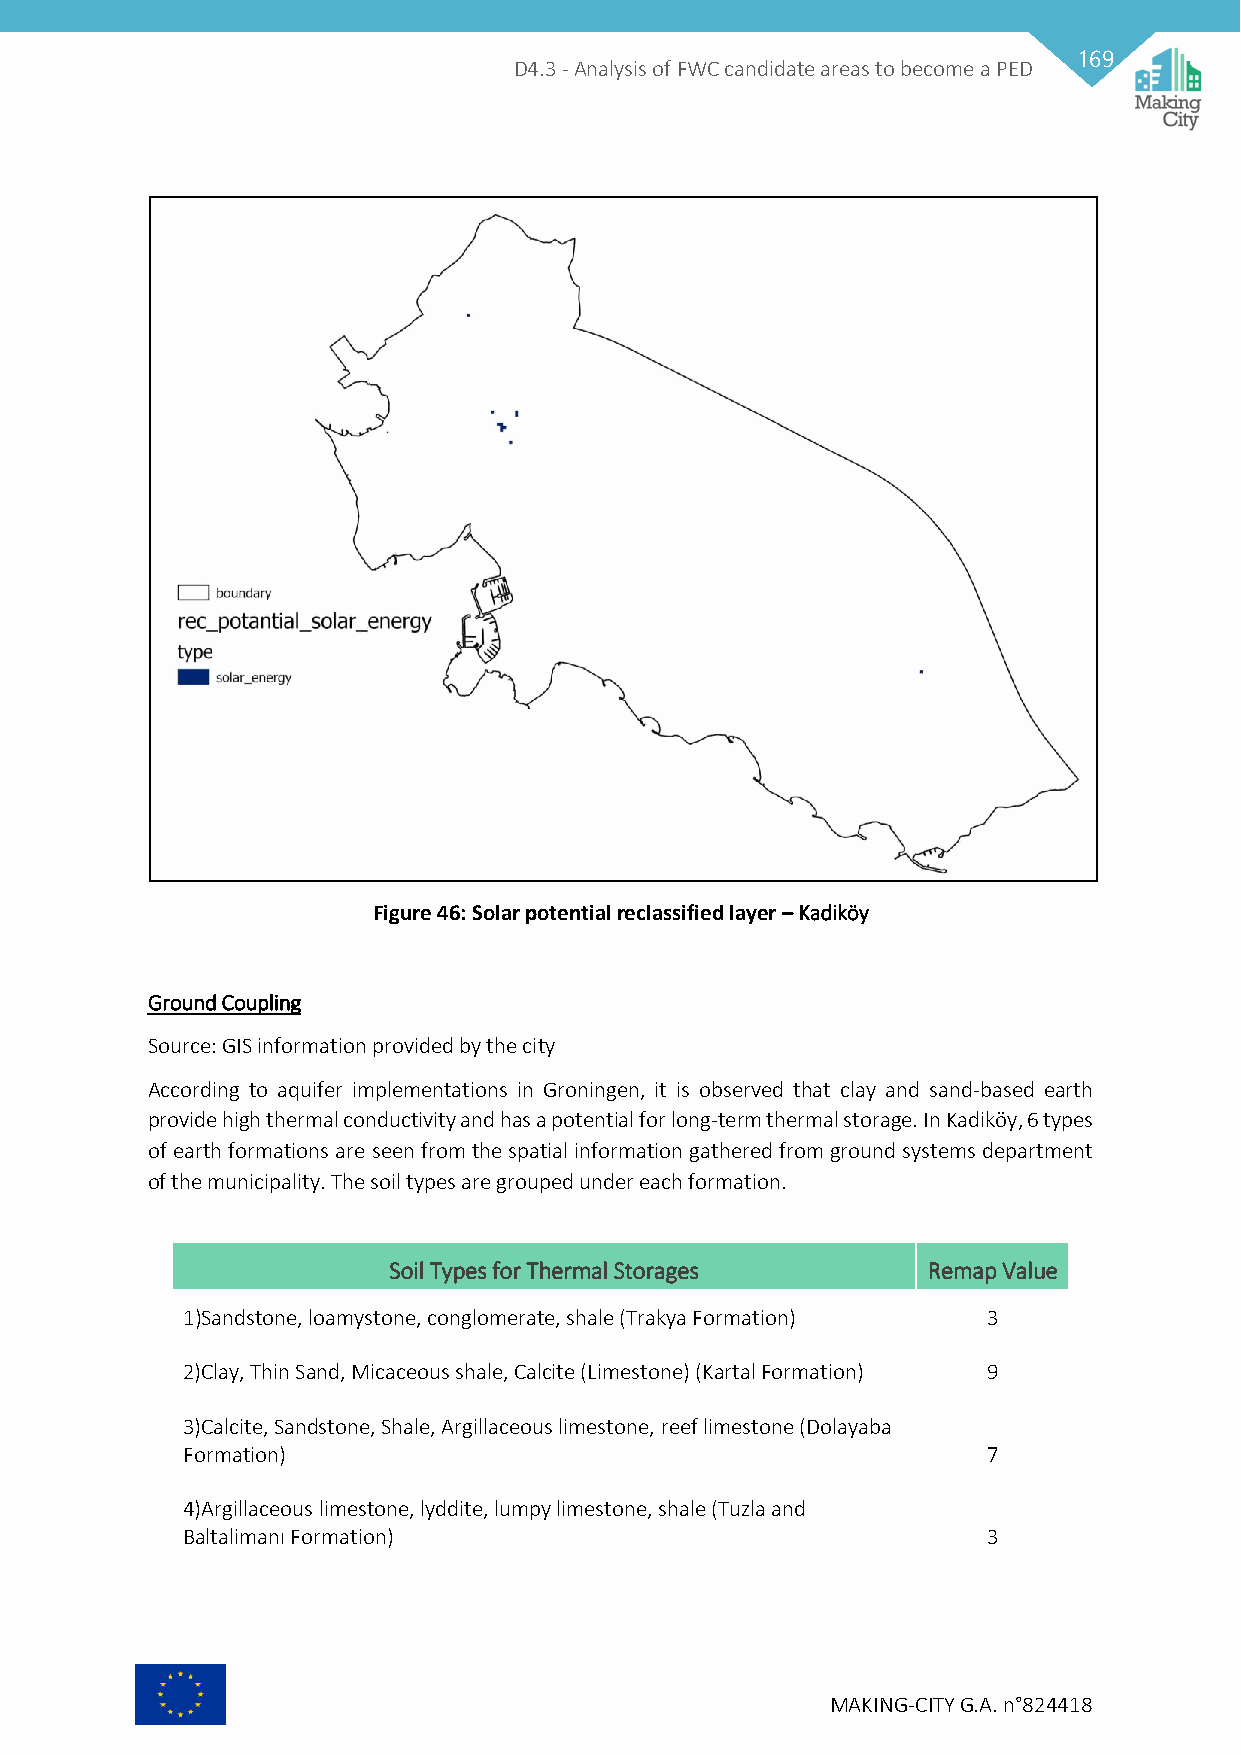
169
 D4.3 - Analysis of FWC candidate areas to become a PED
 Figure 46: Solar potential reclassified layer – Kadiköy
 Ground Coupling
 Source: GIS information provided by the city
 According to aquifer implementations in Groningen, it is observed that clay and sand-based earth
 provide high thermal conductivity and has a potential for long-term thermal storage. In Kadiköy, 6 types
 of earth formations are seen from the spatial information gathered from ground systems department
 of the municipality. The soil types are grouped under each formation.
 Soil Types for Thermal Storages    Remap Value
 1)Sandstone, loamystone, conglomerate, shale (Trakya Formation) 3
 2)Clay, Thin Sand, Micaceous shale, Calcite (Limestone) (Kartal Formation) 9
 3)Calcite, Sandstone, Shale, Argillaceous limestone, reef limestone (Dolayaba
 Formation)                                           7
 4)Argillaceous limestone, lyddite, lumpy limestone, shale (Tuzla and
 Baltalimanı Formation)                               3
 MAKING-CITY G.A. n°824418